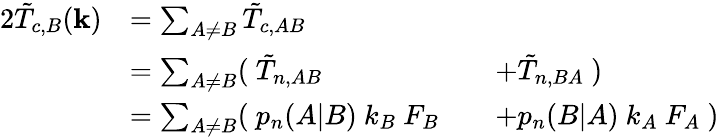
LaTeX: \begin{array}{rlrl}{{2}\tilde{T}_{c,B}(\mathbf{k})}&{=\sum_{A\neq B}\tilde{T}_{c,AB}}&&{}\\ &{=\sum_{A\neq B}(\ \tilde{T}_{n,AB}}&&{+\tilde{T}_{n,BA}\ )}\\ &{=\sum_{A\neq B}(\ p_{n}(A|B)\ k_{B}\ F_{B}}&&{+p_{n}(B|A)\ k_{A}\ F_{A}\ )}\end{array}